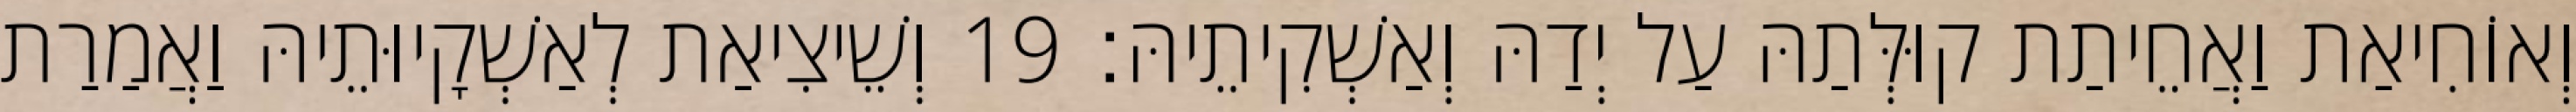
וְאוֹחִיאַת וַאֲחֵיתַת קוּלְּתַהּ עַל יְדַהּ וְאַשְׁקִיתֵיהּ׃ 19 וְשֵׁיצִיאַת לְאַשְׁקָיוּתֵיהּ וַאֲמַרַת